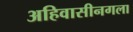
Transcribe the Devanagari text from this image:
अहिवासीनगला